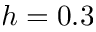
h = 0 . 3